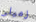
زميلى